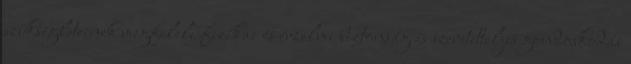
szükségleteinek megfelelı fizikai és érzelmi biztonság és szeretetteljes gondoskodás